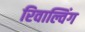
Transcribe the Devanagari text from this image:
रिवाल्विंग